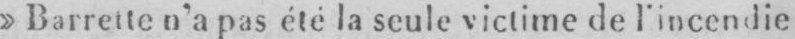
»Barrette n’a pas été la seule victime de l’incendie